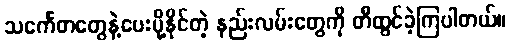
သင်္ကေတတွေနဲ့ပေးပို့နိုင်တဲ့ နည်းလမ်းတွေကို တီထွင်ခဲ့ကြပါတယ်။